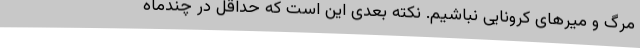
مرگ و میرهای کرونایی نباشیم. نکته بعدی این است که حداقل در چندماه